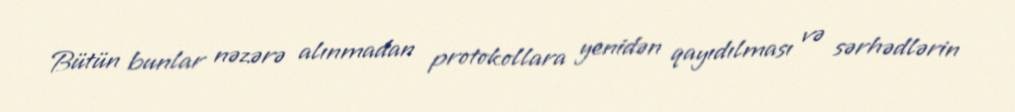
Bütün bunlar nəzərə alınmadan protokollara yenidən qayıdılması və sərhədlərin